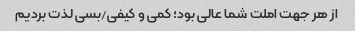
از هر جهت املت شما عالی بود؛ کمی و کیفی/بسی لذت بردیم